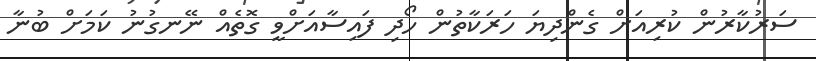
ސަރުކާރުން ކުރިއަށް ގެންދިޔަ ހަރަކާތުން ހޯދި ފައިސާއަށްވީ ގޮތެއް ނޭނގުނު ކަމަށް ބުނާ